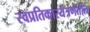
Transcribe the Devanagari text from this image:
स्वप्रतिकारयंत्रणेतील